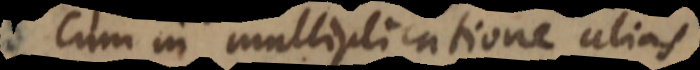
Cum in multiplicatione alias